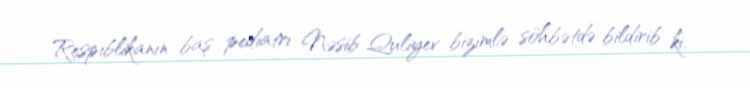
Respiblikanın baş pediatrı Nəsib Quliyev bizimlə söhbətdə bildirib ki,